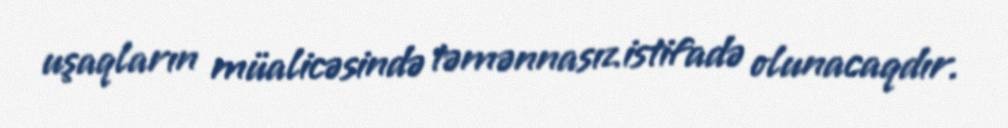
uşaqların müalicəsində təmənnasız istifadə olunacaqdır.